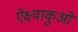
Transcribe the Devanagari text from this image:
ऐक्ष्वाकुओं